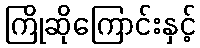
ကြိုဆိုကြောင်းနှင့်